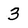
Character: 3